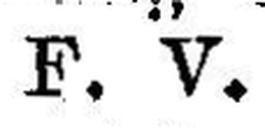
möglicht.